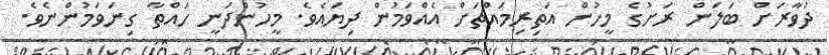
ދުވާރަށް ބަލަން ރަށުގެ މީހުން އަތިރިމައްޗަށް އެއްވަމުން ދިޔައެވެ. މީހުންދަނީ ހައްތާ ގިނަވަމުންނެވެ.